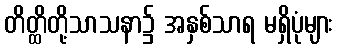
တိတ္ထိတို့သာသနာ၌ အနှစ်သာရ မရှိပုံများ